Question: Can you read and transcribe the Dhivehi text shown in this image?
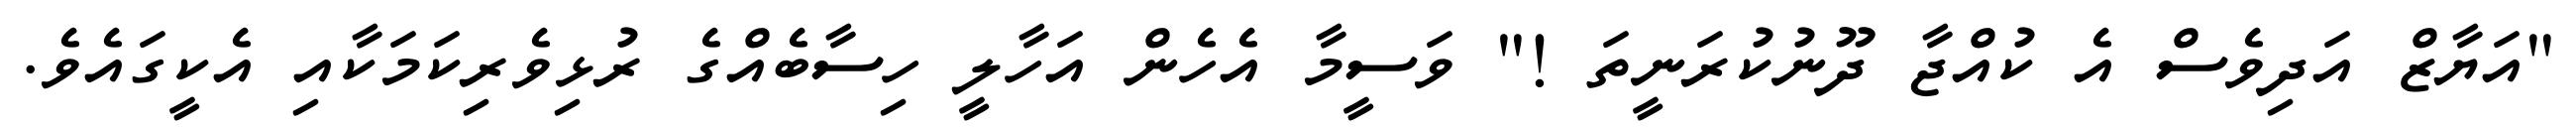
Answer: "އަޔާޒް އަދިވެސް އެ ކުއްޖާ ދޫނުކުރަނީތަ !" ވަސީމާ އެހެން އަހާލީ ހިސާބެއްގެ ރުޅިވެރިކަމަކާއި އެކީގައެވެ.